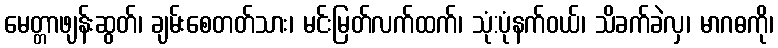
မေတ္တာဖျန်းဆွတ်၊ ချမ်းစေတတ်သား၊ မင်းမြတ်လက်ထက်၊ သုံ:ပုံနက်ဝယ်၊ သိခက်ခဲလှ၊ မာဂဓကို၊